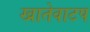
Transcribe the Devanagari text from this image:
खातेवाटप